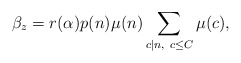
\begin{align*}\beta_z = r(\alpha)p(n)\mu(n)\sum_{c|n,\ c\leq C}\mu(c),\end{align*}